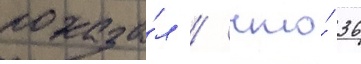
показа́л / что́ 36